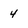
Character: 4